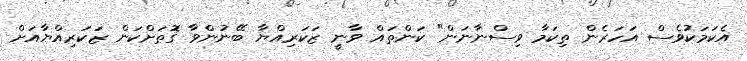
އެކަމަކުވެސް އަހަރެން ތިކަމާ ވިސްނާނަން" ކަންތައް ވާނީ ޒަކަރިއްޔާ ބޭނުންވާ ގޮަތަށްކަން ޒަކަރިއްޔާއަށް